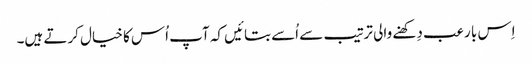
اِس با رعب دِکھنے والی ترتیب سے اُسے بتائیں کہ آپ اُس کا خیال کرتے ہیں۔